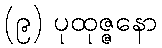
(၉) ပုထုဇ္ဇနော